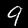
Digit: 9